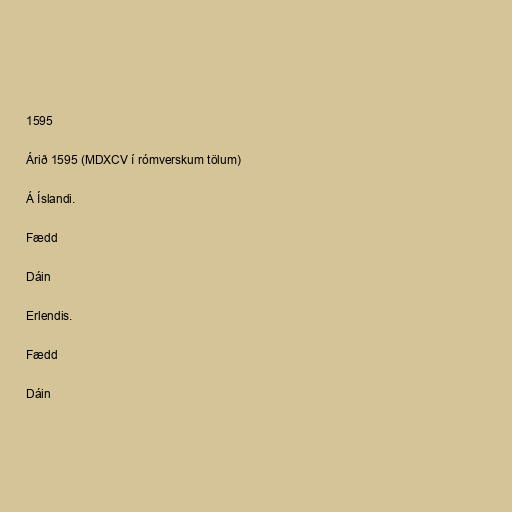
1595

Árið 1595 (MDXCV í rómverskum tölum)

Á Íslandi.

Fædd

Dáin

Erlendis.

Fædd

Dáin